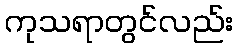
ကုသရာတွင်လည်း